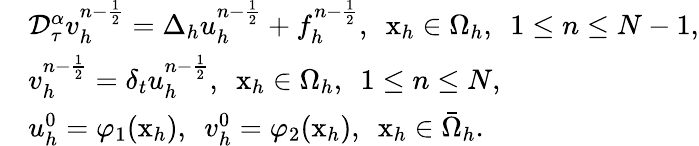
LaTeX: \begin{array}{rl}&{\mathcal{D}_{\tau}^{\alpha}v_{h}^{n-\frac{1}{2}}=\Delta_{h}u_{h}^{n-\frac{1}{2}}+f_{h}^{n-\frac{1}{2}},~~\mathrm{x}_{h}\in\Omega_{h},~~1\le n\le N-1,}\\ &{v_{h}^{n-\frac{1}{2}}=\delta_{t}u_{h}^{n-\frac{1}{2}},~~\mathrm{x}_{h}\in\Omega_{h},~~1\le n\le N,}\\ &{u_{h}^{0}=\varphi_{1}(\mathrm{x}_{h}),~~v_{h}^{0}=\varphi_{2}(\mathrm{x}_{h}),~~\mathrm{x}_{h}\in\bar{\Omega}_{h}.}\end{array}